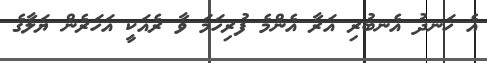
އެ ހަނދު އެނބުރި އަރާ އެންމެ ފުރިހަމަ ވާ ރެއަކީ އަހަރެން ޔަލާގެ